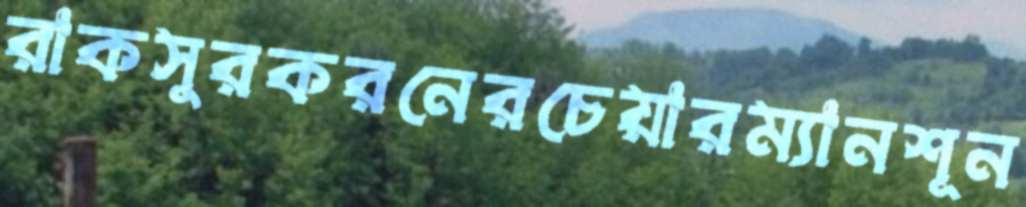
রাকসুরকরনেরচেয়ারম্যানশূন